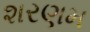
શરણમ